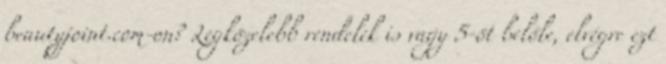
beautyjoint.com-on? Legközelebb rendelek is vagy 5-öt belőle, elvégre ezt